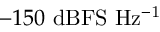
- 1 5 0 ~ \mathrm { d B F S ~ H z ^ { - 1 } }